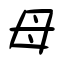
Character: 母